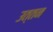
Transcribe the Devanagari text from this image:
उत्तन